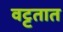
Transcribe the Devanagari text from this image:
वट्टतात